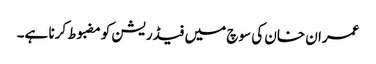
عمران خان کی سوچ میں فیڈریشن کومضبوط کرنا ہے۔